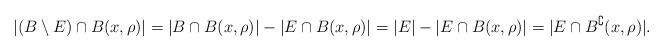
LaTeX: \begin{align*}|(B \setminus E)\cap B(x,\rho)|=|B \cap B(x,\rho)|-|E \cap B(x,\rho)|& = |E|- |E \cap B(x,\rho)|= |E \cap B^{\complement}(x,\rho)|.\end{align*}